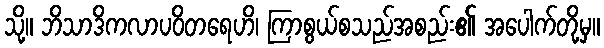
သို့။ ဘိသာဒိကလာပဝိတရေဟိ၊ ကြာစွယ်စသည်အစည်း၏ အပေါက်တို့မှ။